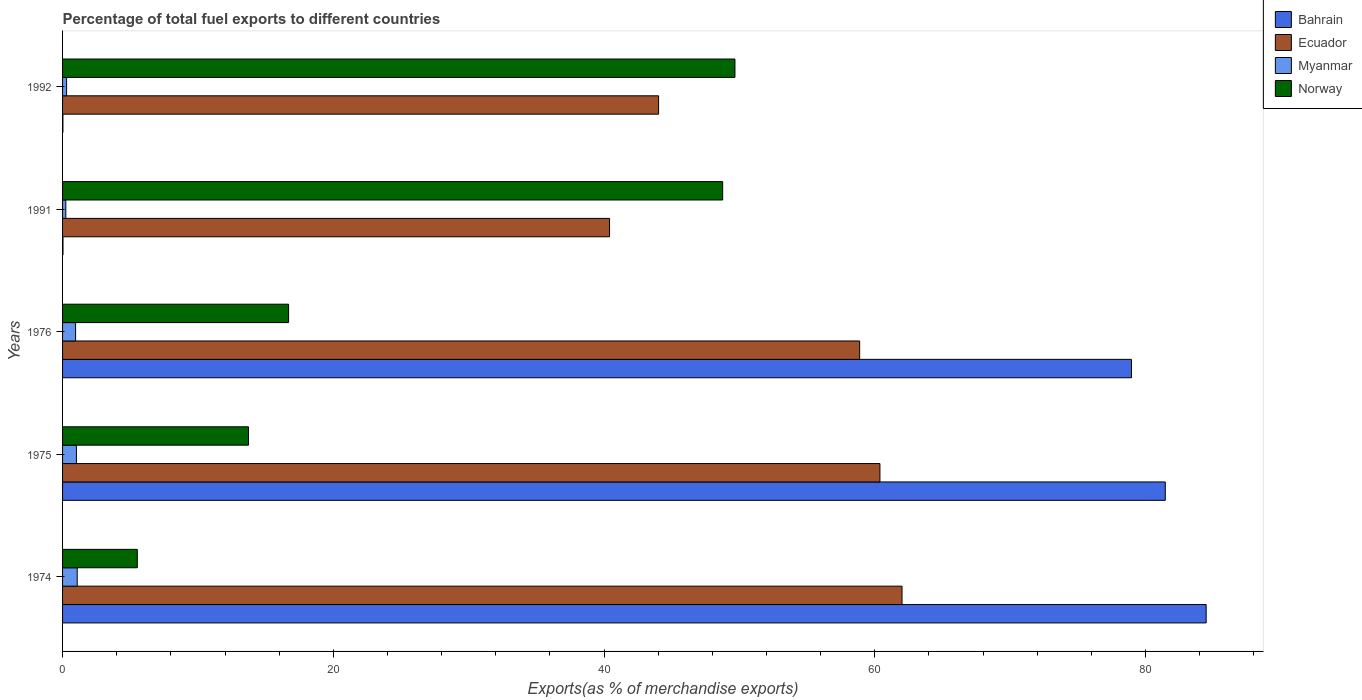
| Years | Bahrain | Ecuador | Myanmar | Norway |
 | --- | --- | --- | --- | --- |
 | 1974 | 84.5 | 62 | 1.08 | 5.52 |
 | 1975 | 81.5 | 60.4 | 1.02 | 13.7 |
 | 1976 | 79 | 58.9 | 0.963 | 16.7 |
 | 1991 | 0.0321 | 40.4 | 0.24 | 48.8 |
 | 1992 | 0.0259 | 44 | 0.297 | 49.7 |